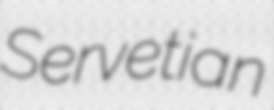
Servetian